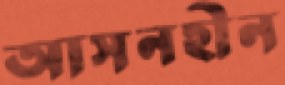
আসনহীন